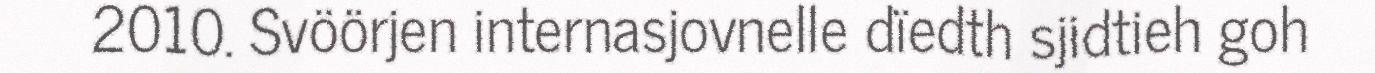
2010. Svöörjen internasjovnelle dïedth sjidtieh goh